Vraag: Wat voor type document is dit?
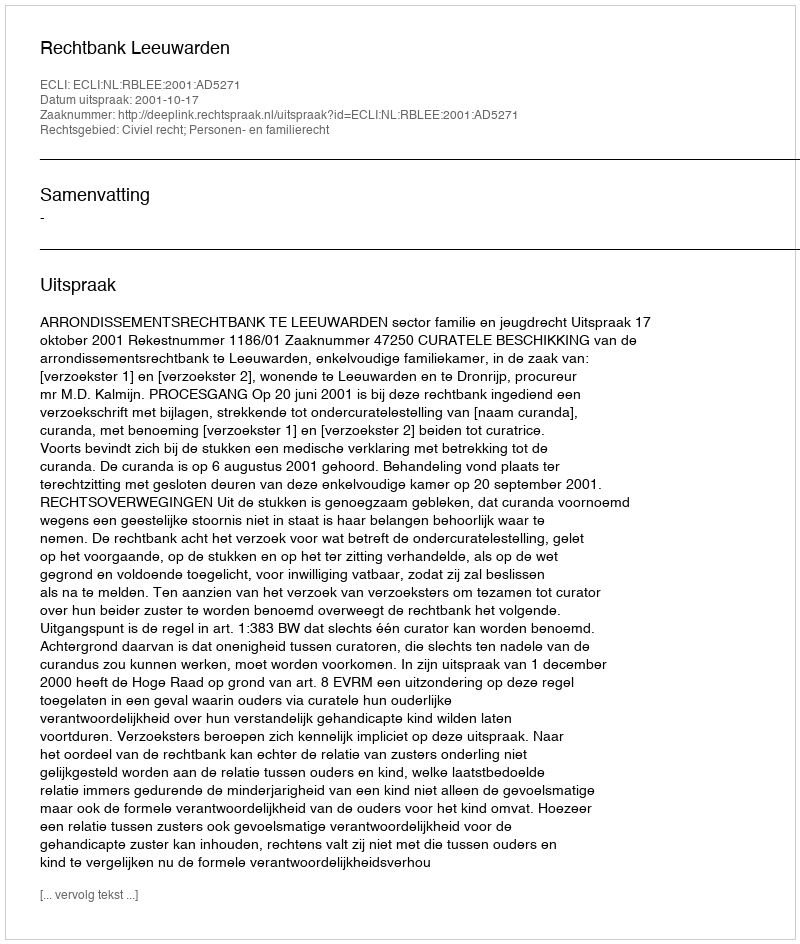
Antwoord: Uitspraak